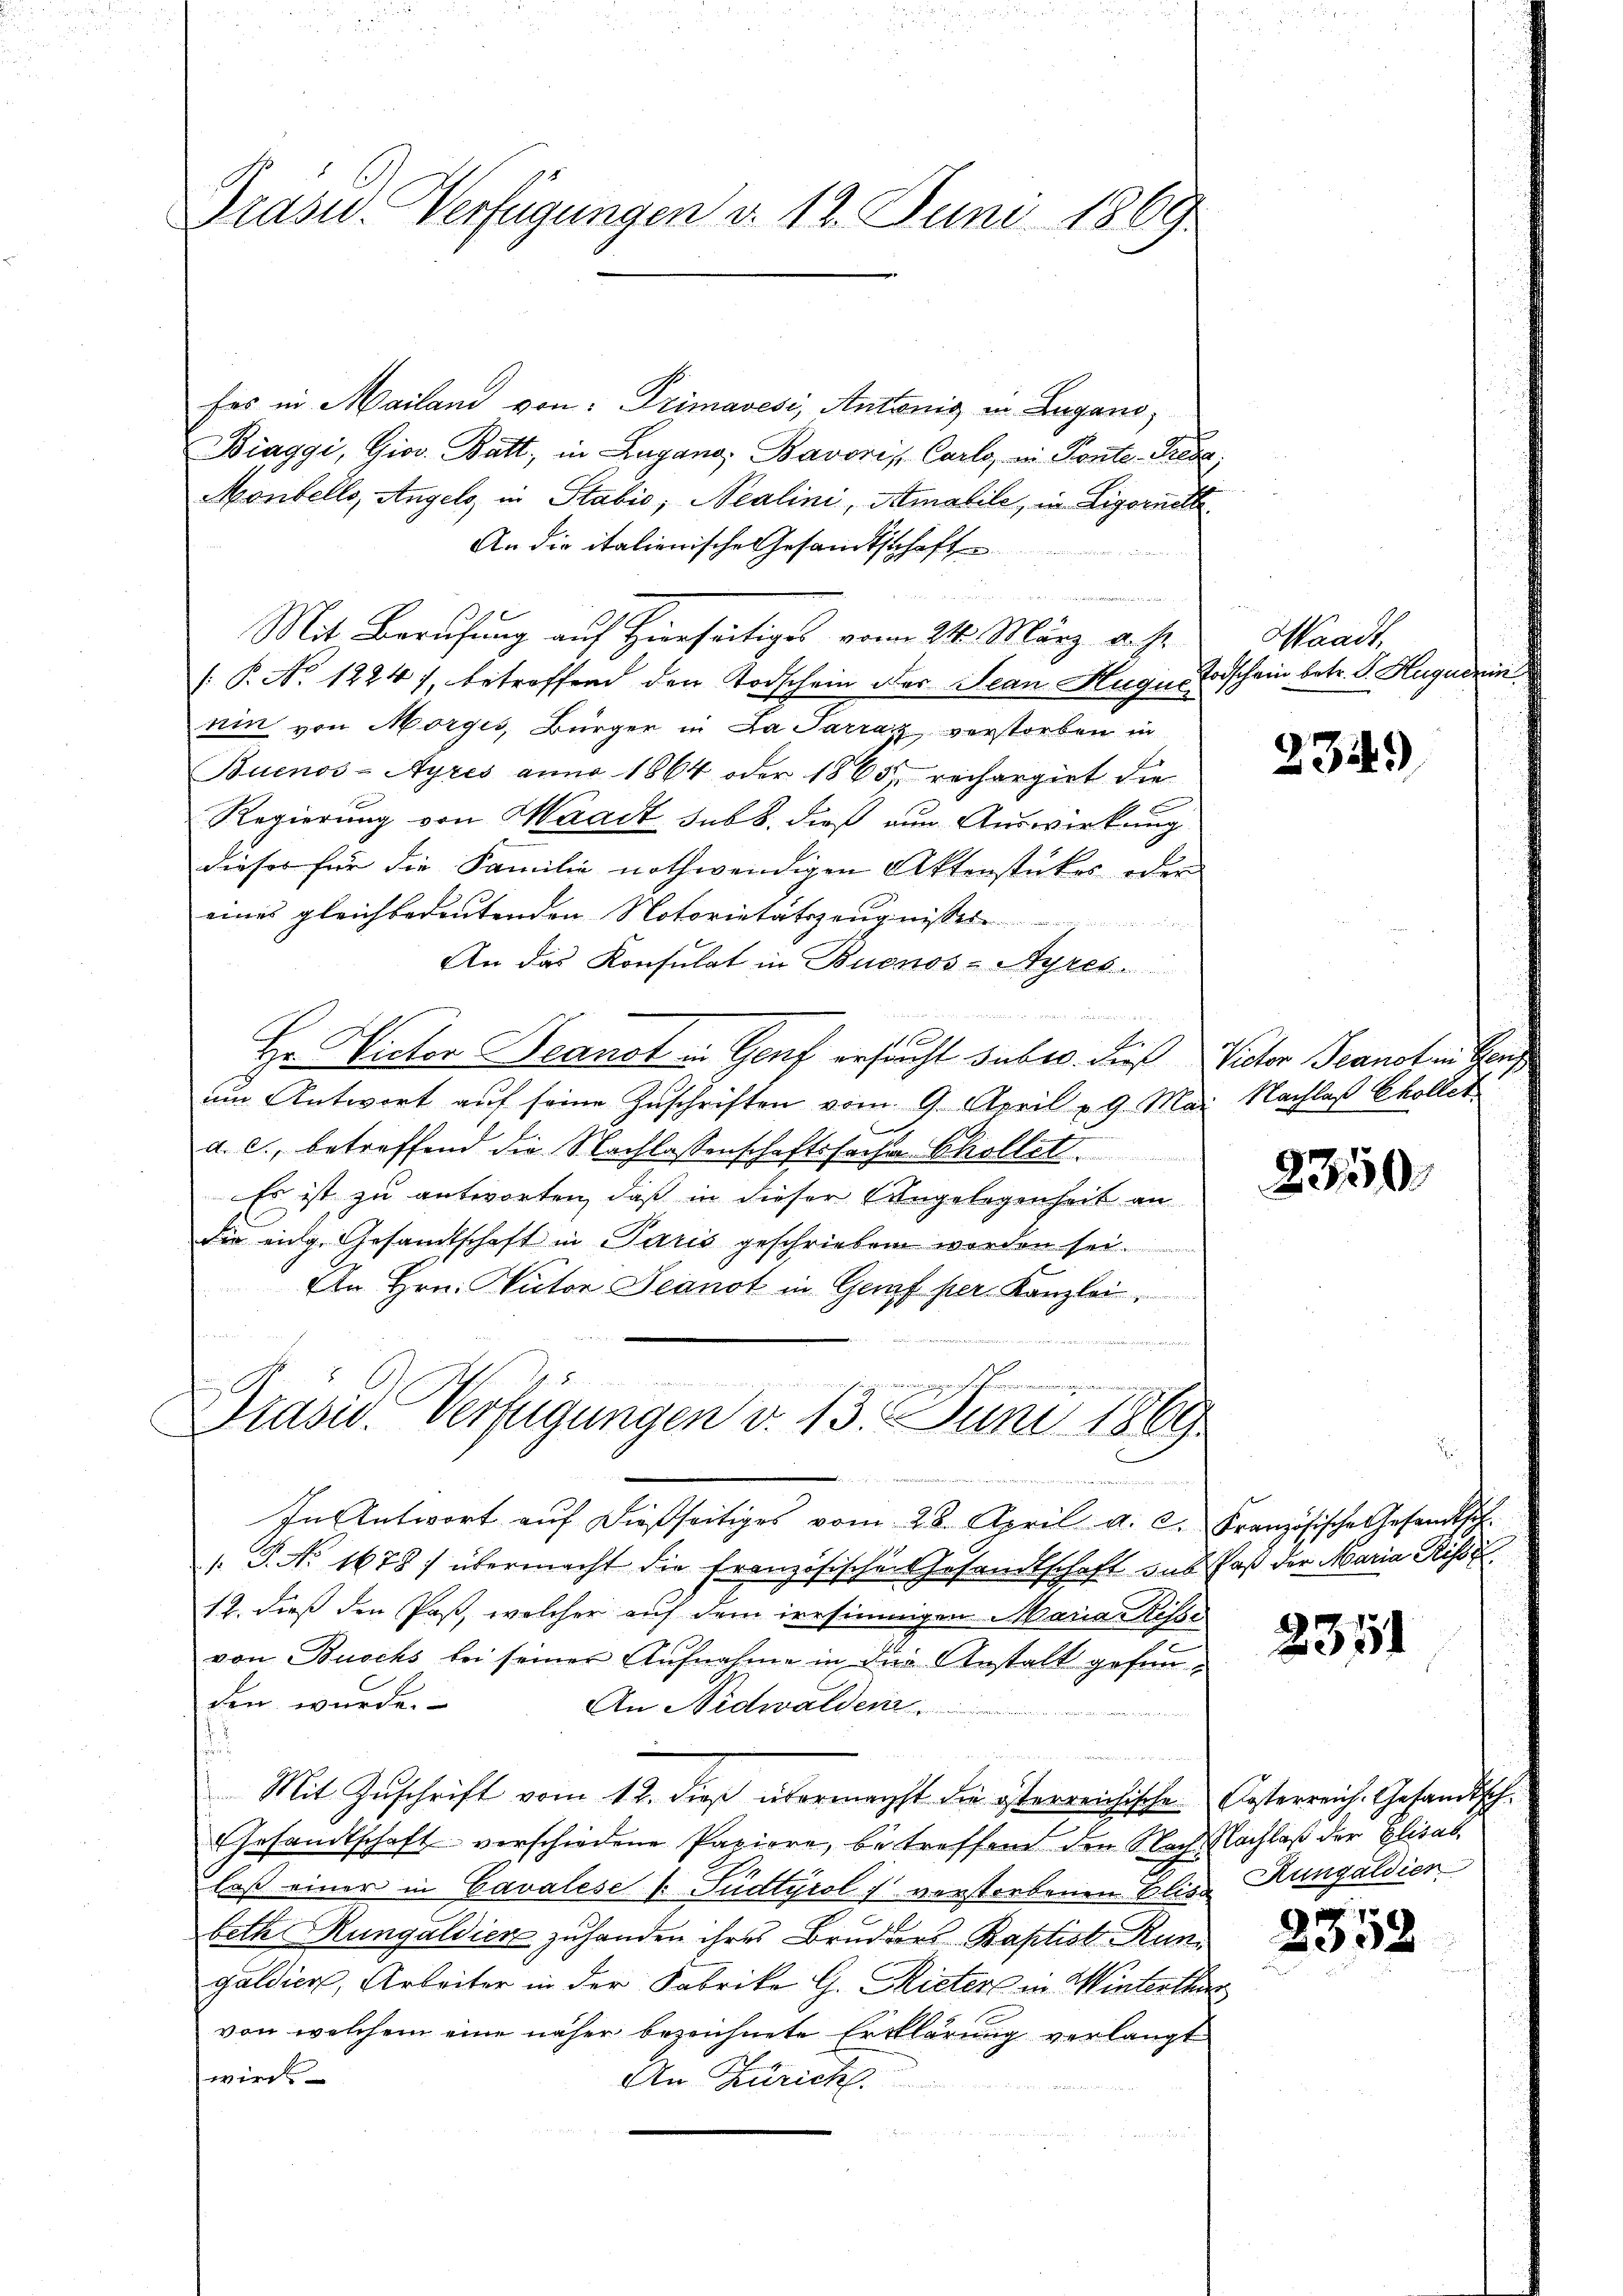
Präsid.. Verfügungen d. 12. Juni 1869

22ten von der

fes in Mailand von Primavesi, Antwenig in Lugano,
Biaggi, Giov. Batt, in Lugang: Bavoris, Carlo, in Ponte Treue,
Monkello, Angels in Stabić, Nealini, Amatile, in Ligornitte
An die italienische Gesandtschaft
u
Mit Berufung auf Hierseitiges vom 24. März a. h.
[ P. No. 12247, betroffend den Todschein des Jean Huguer
nin von Morges, Bürger in La Parraz verstorben in
Buenos-Ayres anno 1864 oder 1865, rechargirt die
Regierung von Waadt sub b. dieß nun Auswirkung
dieser für die Familie nothwendigen Aktenstückes oder
eines gleichbedeutenden Notorietätszeugnisse
An das Konsulat in Buenos-Ayres

Hr. Victor Beanst in Genf ersucht suber. dieß Victor Beanot in Ge
um Antwort auf seine Zuschriften vom 9. April 19. Mai Nachlaß Coller
d. c., betreffend die Nachlassenschaftssache Chollet.
Es ist zu antworten, daß in dieser Angelegenheit an
die eidg. Gesandtschaft in Paris geschrieben worden sei.
l
An Hrn. Victor Jeanot in Genf per. Kanzlei,

n
Präsid. Verfügungen d. 13. Juni 1869.

In Antwort aŭf dießseitiges vom 28. April a. c. Französische Gesandtsch.
. P. No. 1678) übermacht die Französischen Gesandtschaft das Paß der Maria Risse
12. dieß den Paß, welcher auf dem irrsinnigen Marian Kissi
von Buschs bei seiner Aufnahme in der Anstalt gefunden wurde.
An Nidwalden.
i
i
.
Mit Zŭschrift vom 12. dieß übermachst die österreichische Kosterreich-Gesandtsch
Ehrsandtschaft verschiedene Papiere, betreffend den Nach Nachlaß der Elisab
laß einer in Cavalese  Fudtyrol verstorbenen Blis
beth Rungaldien zuhanden ihres Bruders Baptist. Kungaldier, Arbeiter in der Fabrike G. Rieter in Winterthur
von welchem eine näher bezeichnete Erklärung verlangt
wird
An Zürich

Waadt,
Todschein betr. R. Huguden

23.

3

2350

2351

Rungaldien

2358